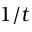
1 / t